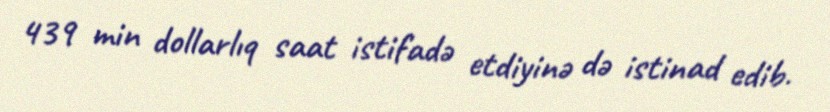
439 min dollarlıq saat istifadə etdiyinə də istinad edib.